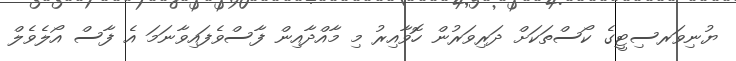
ޔުނިވަރސިޓީގެ ކޯސްތަކަށް ދަރިވަރުން ހޮވާއިރު މި މާއްދާއިން ފާސްވެފައިވާނަމަ އެ ފާސް އޯލެވެލް